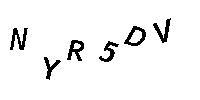
NYR5DV